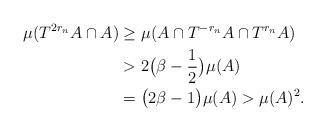
LaTeX: \begin{align*}\mu (T^{2r_n}A\cap A) &\geq \mu (A\cap T^{-r_n}A \cap T^{r_n}A) \\ &> 2\big( \beta - \frac{1}{2}\big) \mu(A) \\ &= \big( 2\beta - 1\big) \mu (A) > \mu (A)^2 . \end{align*}